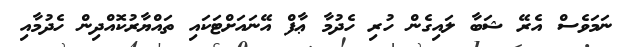
ނަމަވެސް އެރޭ ޝަބާ ލައިގެން ހުރި ހެދުމާ ޢާފް އޭނައަށްޓަކައި ތައްޔާރުކޮއްދިން ހެދުމާއި